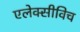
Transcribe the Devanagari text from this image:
एलेक्सीविच